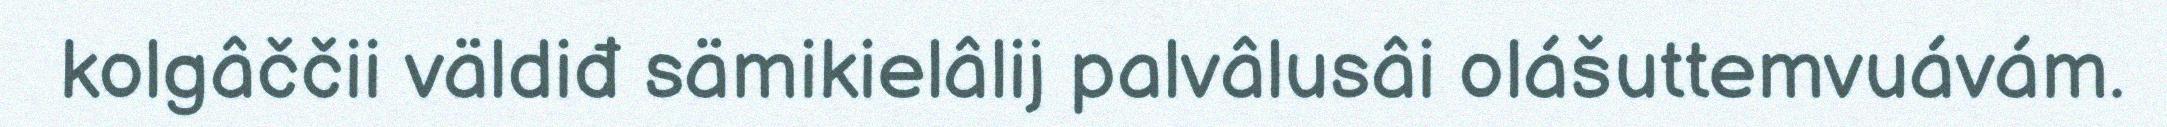
kolgâččii väldiđ sämikielâlij palvâlusâi olášuttemvuávám.